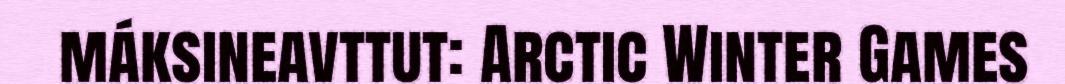
máksineavttut: Arctic Winter Games